Civil Veterinary Dept. Assam report 1911-1927 - 1911-1927
Year: 1911
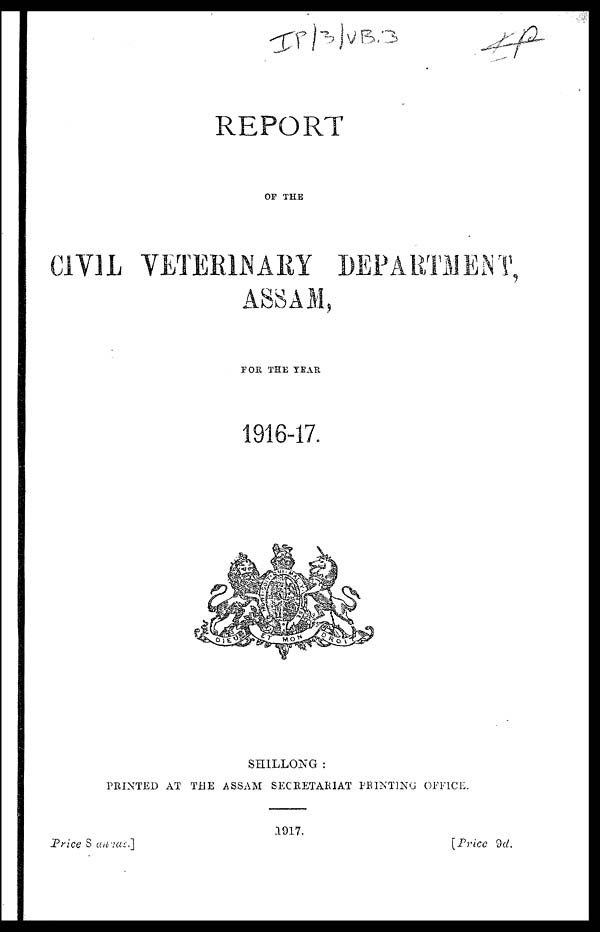
REPORT
OP THE
CIVIL VETERINARY DEPARTMENT,
ASSAM,
FOR THE YEAR
1916-17.
SHILLONG :
PRINTED AT THE ASSAM SECRETARIAT PRINTING OFFICE.
1917.
Price S annas.]
[Price 9 d.